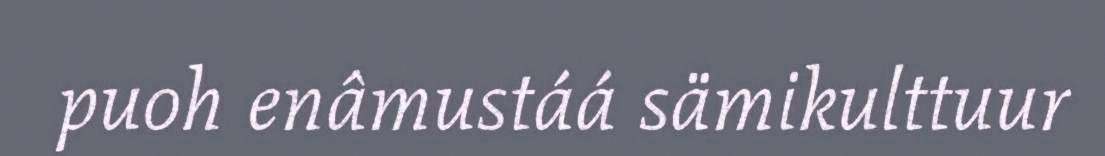
puoh enâmustáá sämikulttuur